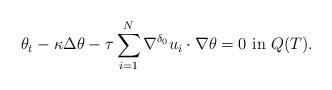
LaTeX: \begin{align*} \theta_t - \kappa \Delta \theta - \tau \sum_{i=1}^N \nabla^{\delta_0} u_i \cdot \nabla \theta =0 \mbox{ in } Q(T). \end{align*}